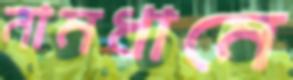
নামধামে